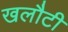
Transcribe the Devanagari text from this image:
खलौटी